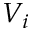
V _ { i }